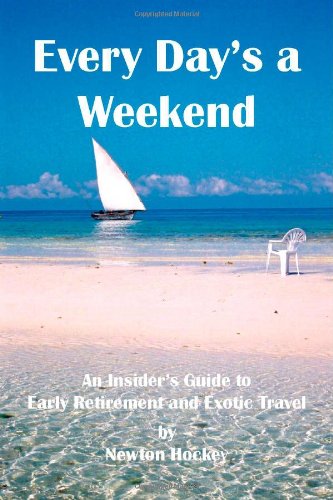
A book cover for Every Day's A Weekend: An Insider's Guide to Early Retirement and Exotic Travel; Newton Hockey; Travel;